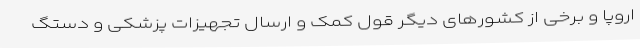
اروپا و برخی از کشورهای دیگر قول کمک و ارسال تجهیزات پزشکی و دستگ